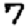
Digit: 7